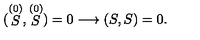
( \stackrel { ( 0 ) } { S } , \stackrel { ( 0 ) } { S } ) = 0 \longrightarrow ( S , S ) = 0 .